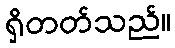
ရှိတတ်သည်။